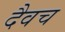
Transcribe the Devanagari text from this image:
दैवच